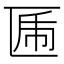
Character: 𠥃